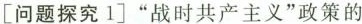
[问题探究1]”战时共产主义”政策的